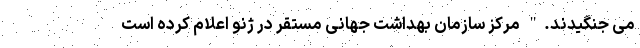
می جنگیدند." مرکز سازمان بهداشت جهانی مستقر در ژنو اعلام کرده است